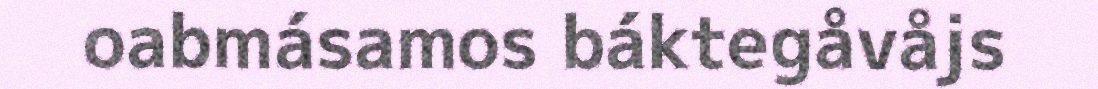
oabmásamos báktegåvåjs